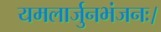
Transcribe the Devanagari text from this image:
यमलार्जुनभंजनः।